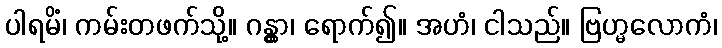
ပါရမိံ၊ ကမ်းတဖက်သို့။ ဂန္တွာ၊ ရောက်၍။ အဟံ၊ ငါသည်။ ဗြဟ္မလောကံ၊